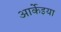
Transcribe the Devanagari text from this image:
आर्केइया